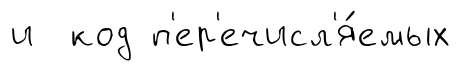
и код п'ер'ечисл'я́емых